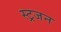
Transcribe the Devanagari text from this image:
स्ट्रजन